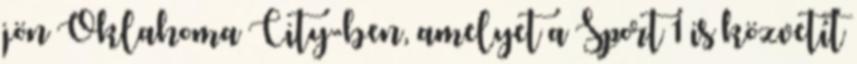
jön Oklahoma City-ben, amelyet a Sport 1 is közvetít